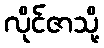
လိုင်ဇာသို့